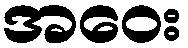
အဝေး